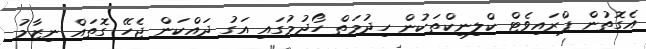
އެގޮތުން ޕްރައިވެޓް ކްލިނިކްތަކުން ހިދުމަތް ހޯދުމުގައި އަގު ދައްކަން ޖެހޭ ގޮތައް ނިޒާމު